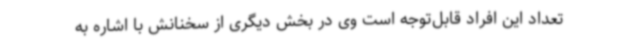
تعداد این افراد قابل‌توجه است وی در بخش دیگری از سخنانش با اشاره به